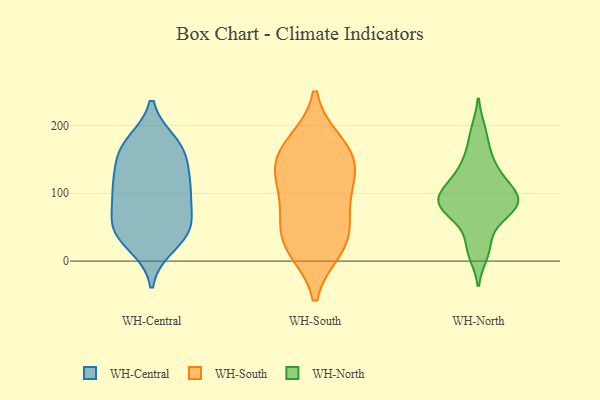
{"axis": {"x": "Gross Profit (USD K)", "y": "Value"}, "legend": ["WH-Central", "WH-North", "WH-South"], "data": [{"x": "", "y": 114, "type": "WH-Central"}, {"x": "", "y": 99, "type": "WH-Central"}, {"x": "", "y": 159, "type": "WH-Central"}, {"x": "", "y": 148, "type": "WH-Central"}, {"x": "", "y": 171, "type": "WH-Central"}, {"x": "", "y": 56, "type": "WH-Central"}, {"x": "", "y": 75, "type": "WH-Central"}, {"x": "", "y": 100, "type": "WH-Central"}, {"x": "", "y": 53, "type": "WH-Central"}, {"x": "", "y": 121, "type": "WH-Central"}, {"x": "", "y": 168, "type": "WH-Central"}, {"x": "", "y": 174, "type": "WH-Central"}, {"x": "", "y": 40, "type": "WH-Central"}, {"x": "", "y": 23, "type": "WH-Central"}, {"x": "", "y": 45, "type": "WH-Central"}, {"x": "", "y": 109, "type": "WH-Central"}, {"x": "", "y": 39, "type": "WH-Central"}, {"x": "", "y": 115, "type": "WH-South"}, {"x": "", "y": 28, "type": "WH-South"}, {"x": "", "y": 164, "type": "WH-South"}, {"x": "", "y": 64, "type": "WH-South"}, {"x": "", "y": 146, "type": "WH-South"}, {"x": "", "y": 20, "type": "WH-South"}, {"x": "", "y": 32, "type": "WH-South"}, {"x": "", "y": 172, "type": "WH-South"}, {"x": "", "y": 139, "type": "WH-South"}, {"x": "", "y": 93, "type": "WH-South"}, {"x": "", "y": 72, "type": "WH-North"}, {"x": "", "y": 159, "type": "WH-North"}, {"x": "", "y": 67, "type": "WH-North"}, {"x": "", "y": 123, "type": "WH-North"}, {"x": "", "y": 136, "type": "WH-North"}, {"x": "", "y": 85, "type": "WH-North"}, {"x": "", "y": 96, "type": "WH-North"}, {"x": "", "y": 26, "type": "WH-North"}, {"x": "", "y": 79, "type": "WH-North"}, {"x": "", "y": 192, "type": "WH-North"}, {"x": "", "y": 109, "type": "WH-North"}, {"x": "", "y": 94, "type": "WH-North"}, {"x": "", "y": 11, "type": "WH-North"}, {"x": "", "y": 91, "type": "WH-North"}]}